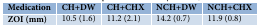
<table><thead><tr><td><b>Medication</b></td><td><b>CH+DW</b></td><td><b>CH+CHX </b></td><td><b>NCH+DW</b></td><td><b>NCH+CHX </b></td></tr></thead><tbody><tr><td><b>ZOI (mm)</b></td><td>10.5 (1.6)</td><td>11.2 (2.1)</td><td>14.2 (0.7)</td><td>11.9 (0.8)</td></tr></tbody></table>